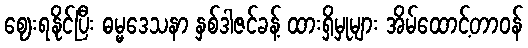
ဈေးရနိုင်ပြီး ဓမ္မဒေသနာ နှစ်ဒါဇင်ခန့် ထားရှိမှုများ အိမ်ထောင့်တာဝန်